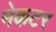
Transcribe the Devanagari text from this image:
नेकटर